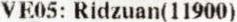
VE05: RIDZUAN(11900)